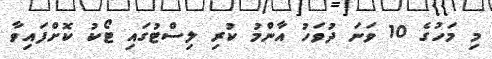
މި މަހުގެ 10 ވަނަ ދުވަހު އާންމު ކުރި ލިސްޓުގައި ޓޯކު ކޮށްފައިވާ